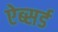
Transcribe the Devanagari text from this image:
ऐब्सर्ड